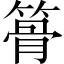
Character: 𥱪